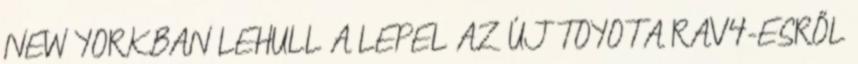
NEW YORKBAN LEHULL A LEPEL AZ ÚJ TOYOTA RAV4-ESRŐL